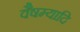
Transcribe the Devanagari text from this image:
वैषम्यादि